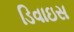
ડિવાઇસ